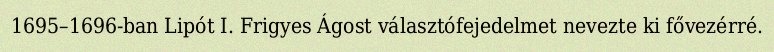
1695–1696-ban Lipót I. Frigyes Ágost választófejedelmet nevezte ki fővezérré.